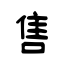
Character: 售